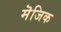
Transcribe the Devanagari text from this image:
मॆजिक